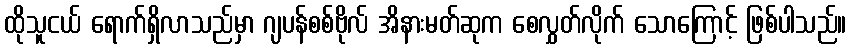
ထိုသူငယ် ရောက်ရှိလာသည်မှာ ဂျပန်စစ်ဗိုလ် အိနားမတ်ဆုက စေလွှတ်လိုက် သောကြောင့် ဖြစ်ပါသည်။